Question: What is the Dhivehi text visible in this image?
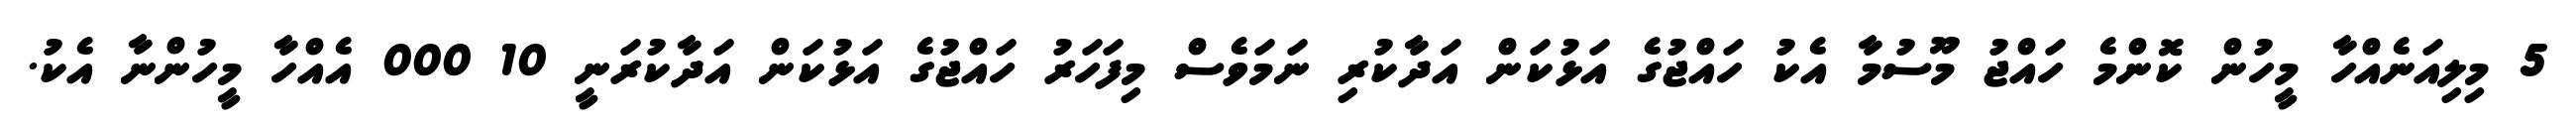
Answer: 5 މިލިއަނެއްހާ މީހުން ކޮންމެ ހައްޖު މޫސުމާ އެކު ހައްޖުގެ އަޅުކަން އަދާކުރި ނަމަވެސް މިފަހަރު ހައްޖުގެ އަޅުކަން އަދާކުރަނީ 10 000 އެއްހާ މީހުންނާ އެކު.